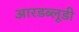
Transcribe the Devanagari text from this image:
आरडब्लूडी